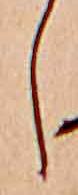
し